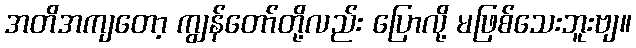
အတိအကျတော့ ကျွန်တော်တို့လည်း ပြောလို့ မဖြစ်သေးဘူးဗျ။